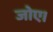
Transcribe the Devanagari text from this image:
जोए।